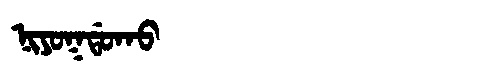
Manchu: ᠨᡳᠶᠣᡴᡩᠣᡴᠣ
Romanization: NIYOKDOKO